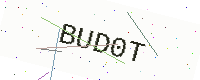
Text: BUD0T